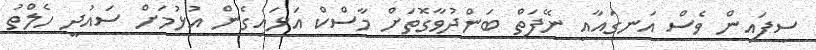
ސިފައިން ވެސް އަނގައާއި ނޭފަތް ބަންދުވާގޮތަށް މާސްކް އަޅައިގެން އުޅުމަށް ސައުދީ ހެލްތު